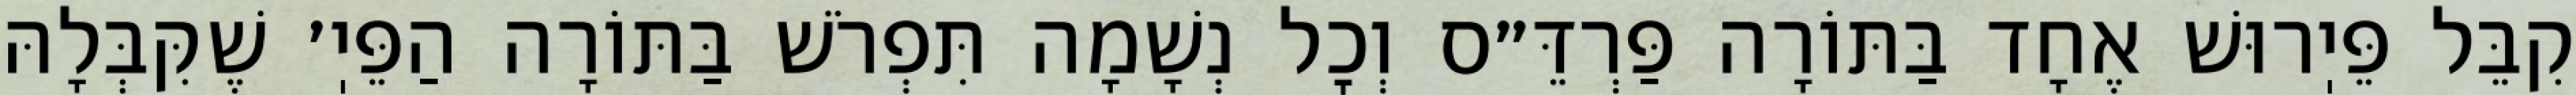
קִבֵּל פֵּיֽרוּשׁ אֶחָד בַּתּוֹרָה פַּרְדֵּ״ס וְכׇל נְשָׁמָה תִּפְרֹשׁ בַּתּוֹרָה הַפֵּיֽ׳ שֶׁקִּבְּלָהּ